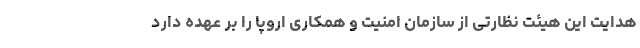
هدایت این هیئت نظارتی از سازمان امنیت و همکاری اروپا را بر عهده دارد